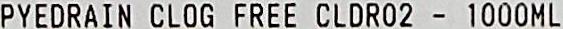
PYEDRAIN CLOG FREE CLDR02 - 1000ML